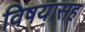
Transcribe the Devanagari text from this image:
विषयासह